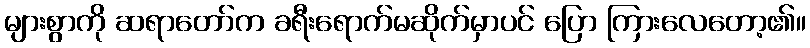
များစွာကို ဆရာတော်က ခရီးရောက်မဆိုက်မှာပင် ပြော ကြားလေတော့၏။